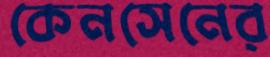
কেনসেনের